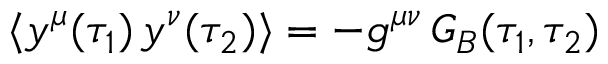
\langle y ^ { \mu } ( \tau _ { 1 } ) \, y ^ { \nu } ( \tau _ { 2 } ) \rangle = - g ^ { \mu \nu } \, G _ { B } ( \tau _ { 1 } , \tau _ { 2 } )